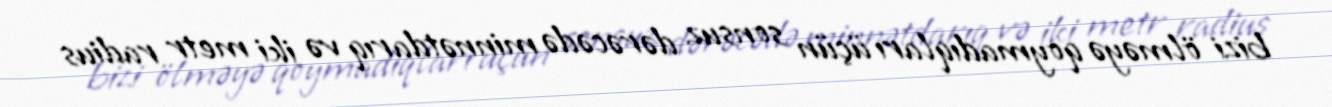
bizi ölməyə qoymadıqları üçün sonsuz dərəcədə minnətdarıq və iki metr radius